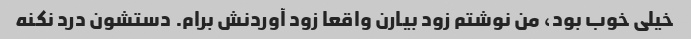
خیلی خوب بود، من نوشتم زود بیارن واقعا زود آوردنش برام. دستشون درد نکنه